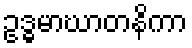
ဥဒ္ဓမာဃာတနိကာ